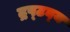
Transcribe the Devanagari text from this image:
द्रष्‍टव्‍य